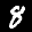
Label: 8